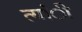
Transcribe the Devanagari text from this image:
त्यांी